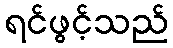
ရင်ဖွင့်သည်